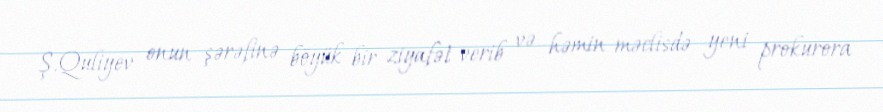
Ş.Quliyev onun şərəfinə böyük bir ziyafət verib və həmin məclisdə yeni prokurora